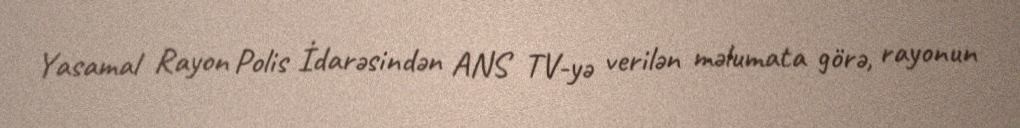
Yasamal Rayon Polis İdarəsindən ANS TV-yə verilən məlumata görə, rayonun